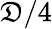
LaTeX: \mathfrak{D}/4